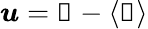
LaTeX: \boldsymbol{u}=\boldsymbol{\mathscr{U}}-\langle\boldsymbol{\mathscr{U}}\rangle